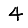
Digit: 4